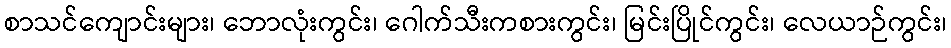
စာသင်ကျောင်းများ၊ ဘောလုံးကွင်း၊ ဂေါက်သီးကစားကွင်း၊ မြင်းပြိုင်ကွင်း၊ လေယာဉ်ကွင်း၊